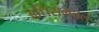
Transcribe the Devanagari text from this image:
अधिसमतल